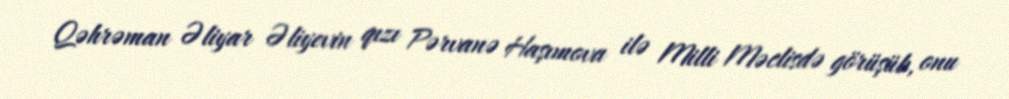
Qəhrəman Əliyar Əliyevin qızı Pərvanə Haşımova ilə Milli Məclisdə görüşüb, onu